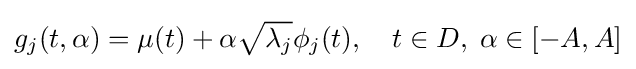
g_{j}(t,\alpha )=\mu (t)+\alpha {\sqrt {\lambda _{j}}}\phi _{j}(t),\quad t\in D,\;\alpha \in [-A,A]